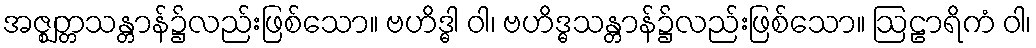
အဇ္ဈတ္တသန္တာန်၌လည်းဖြစ်သော။ ဗဟိဒ္ဓါ ဝါ၊ ဗဟိဒ္ဓသန္တာန်၌လည်းဖြစ်သော။ ဩဠာရိကံ ဝါ၊